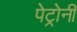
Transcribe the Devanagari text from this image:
पेट्रोनी